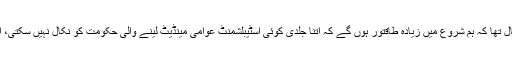
اس کے جواب میںحکومتی ”عقابوں“ کا خیال تھا کہ ہم شروع میں زیادہ طاقتور ہوں گے کہ اتنا جلدی کوئی اسٹیبلشمنٹ عوامی مینڈیٹ لینے والی حکومت کو نکال نہیں سکتی، اس لئے جو کرنا ہے، شروع میں کرگزرو۔